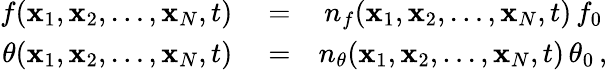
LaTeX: \begin{array}{rlr}{f({\mathbf x}_{1},{\mathbf x}_{2},\ldots,{\mathbf x}_{N},t)}&{{}=}&{n_{f}({\mathbf x}_{1},{\mathbf x}_{2},\ldots,{\mathbf x}_{N},t)\, f_{0}\, }\\ {\theta({\mathbf x}_{1},{\mathbf x}_{2},\ldots,{\mathbf x}_{N},t)}&{{}=}&{n_{\theta}({\mathbf x}_{1},{\mathbf x}_{2},\ldots,{\mathbf x}_{N},t)\, \theta_{0}\, ,}\end{array}